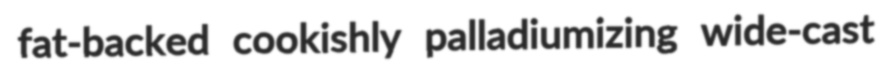
fat-backed cookishly palladiumizing wide-cast